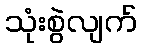
သုံးစွဲလျက်